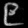
Digit: ၉